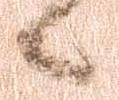
候